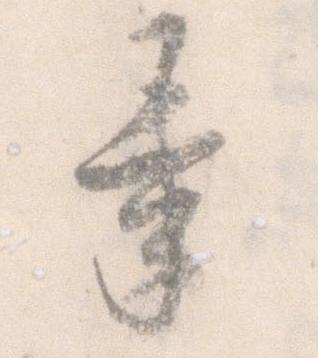
承